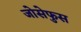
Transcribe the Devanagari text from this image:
जोसेफुस